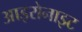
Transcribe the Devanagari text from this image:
आइरोनाइट